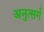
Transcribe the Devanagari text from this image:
अनुत्सर्ग